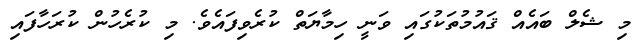
މި ޝެލް ބައެއް ޤައުމުތަކުގައި ވަނީ ހިމާޔަތް ކުރެވިފައެވެ. މި ކުރެހުން ކުރަހާފައި